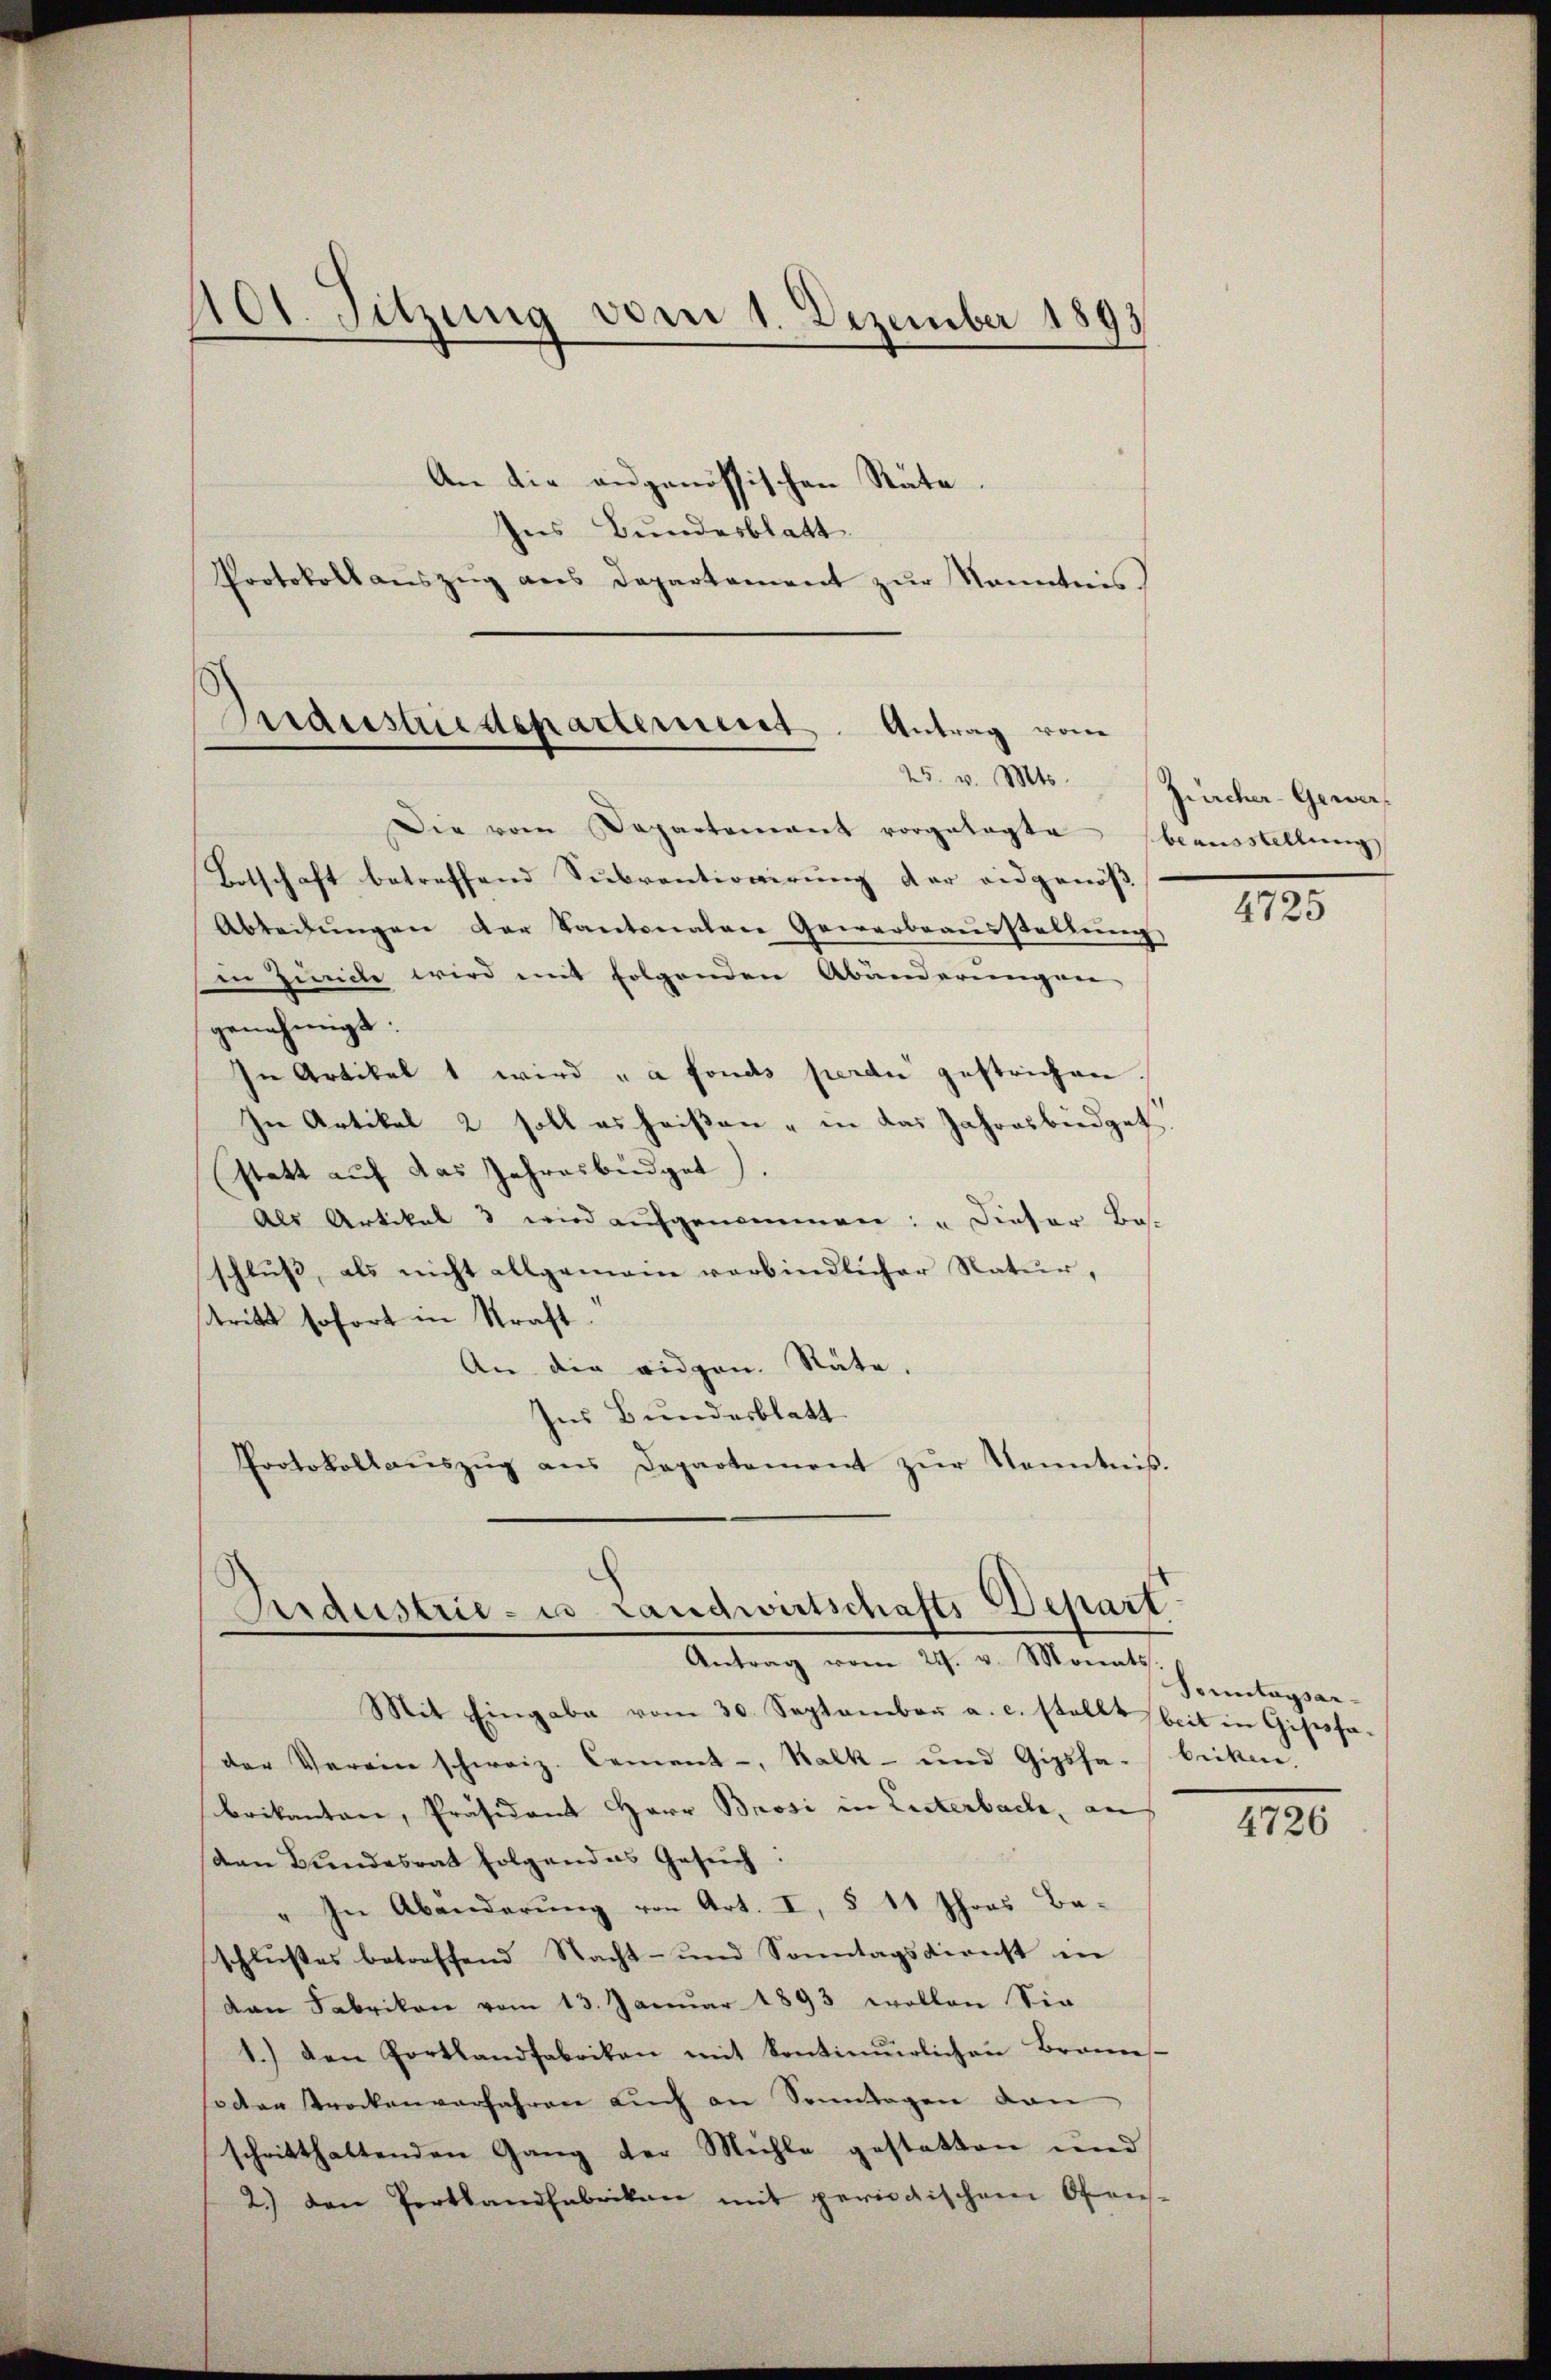
401. Sitzung vom 1. Dezember 1893

An die angenössischen Räte.
Ins Bundesblatt
Protokoll aŭszŭg ans Departement zŭr Kenntnis

Die vom Departement vorgelegte beausstellung
Botschaft betreffend Subventionirung der eidgenöß
Abteilŭngen der Kantonalen Gewerbraŭsstellŭng
in Ziele wird mit folgenden Abänderungen
genehmigt.
In Artikel 1 wird "a fonds perdu gestrichen.
In Artikel 2 soll es heißen " in das Jahresbüdget.
statt auf das Jahresbüdget).
Als Artikel 3 wird aŭfgenommen: „Dieser Bes
schluß, als nicht allgemein verbindlicher Natur,
stritt sofort in Kraft.
An die eidgen. Räte.
Ins Bundesblatt
Protokollaŭszŭg ans Departement zŭr Kenntnis.

Beidestriedepartement. Antrag vom

Ardestrie- u Landwirtschafts-Depart.
Antrag vom 29. v. Monats.

Mit Eingabe vom 30. September a. c. stellt beit in Gipssa-
der Verein schweiz. Cement -, Kalk- und Gipsfabriken
brikanton, Präsidant Herr Brosi in Listerbache, an
van Bŭndesrat folgendes Gesŭch:
" In Abänderung von Art. I, § 11 Thors Be-
schlusses betreffend Nacht- und Sonntagsdienst in
dan Fabrikon vom 13. Januar 1893 wollen Sie
1.) den Portlandfabriken mit kontinürlichen Brann-
oder trockenverfahren auch an Sonntagen dan
schritthaltenden Gang der Mühle gestatten und
2.) den Perthandfabrikan mit periodischem Ofens-

25. v. Mts. Zürcher-Gewer

4725

Sonntagsar¬

4726